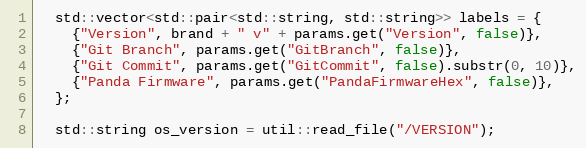
Language: C++
  std::vector<std::pair<std::string, std::string>> labels = {
    {"Version", brand + " v" + params.get("Version", false)},
    {"Git Branch", params.get("GitBranch", false)},
    {"Git Commit", params.get("GitCommit", false).substr(0, 10)},
    {"Panda Firmware", params.get("PandaFirmwareHex", false)},
  };

  std::string os_version = util::read_file("/VERSION");